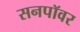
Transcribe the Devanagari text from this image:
सनपॉवर